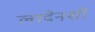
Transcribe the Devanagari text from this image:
लादेनशी